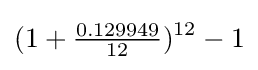
(1+{\tfrac {0.129949}{12}})^{12}-1